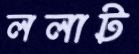
ললাট